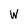
Character: W